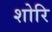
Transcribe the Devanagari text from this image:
शोरि